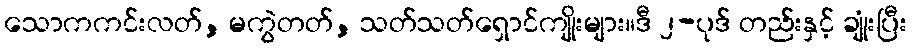
သောကကင်းလတ်, မကွဲတတ်, သတ်သတ်ရှောင်ကျိုးများ။ဒီ ၂-ပုဒ် တည်းနှင့် ချုံးပြီး